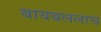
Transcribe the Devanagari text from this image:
बायबललाच